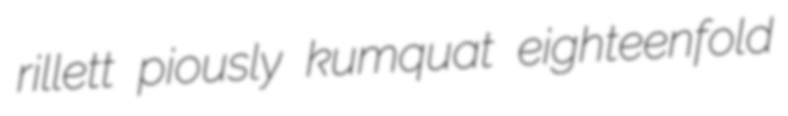
rillett piously kumquat eighteenfold